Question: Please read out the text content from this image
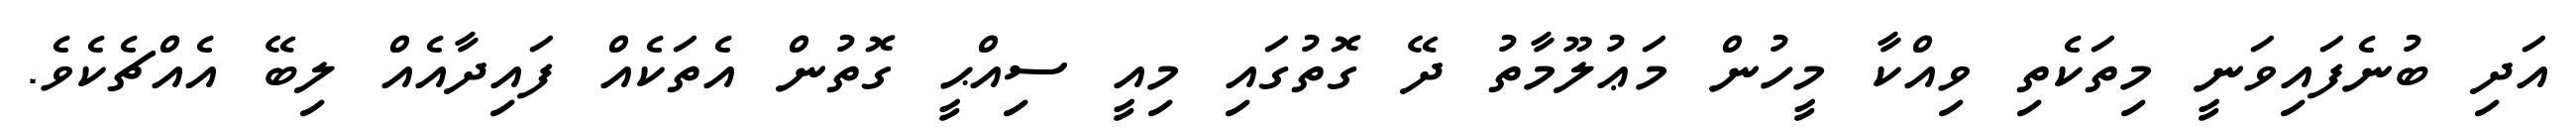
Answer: އަދި ބުނެފައިވަނީ މިތަކެތި ވިއްކާ މީހުން މަޢުލޫމާތު ދޭ ގޮތުގައި މިއީ ސިއްޙީ ގޮތުން އެތަކެއް ފައިދާއެއް ލިބޭ އެއްޗެކެވެ.